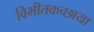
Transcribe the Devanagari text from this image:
विभीतकच्छाया